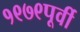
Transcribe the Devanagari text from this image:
१९७९पूर्वी